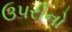
ઉપરીનો